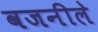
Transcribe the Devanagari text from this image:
वजनीले